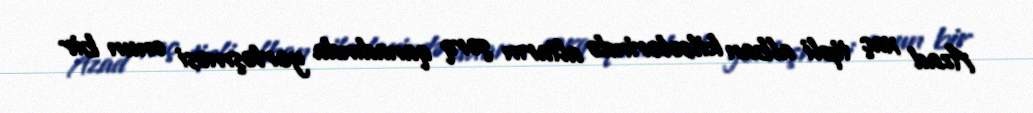
Azad xaç tipli alban kilsələrində altarın şərq qanadında yerləşməsi onun bir